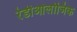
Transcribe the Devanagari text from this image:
रेडीओलोजिक